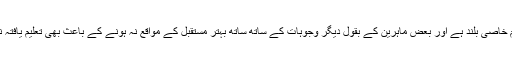
لیکن اس کے باوجود علاقے میں شرحِ تعلیم خاصی بلند ہے اور بعض ماہرین کے بقول دیگر وجوہات کے ساتھ ساتھ بہتر مستقبل کے مواقع نہ ہونے کے باعث بھی تعلیم یافتہ نوجوانوں میں احساسِ محرومی بڑھ رہا ہے۔